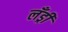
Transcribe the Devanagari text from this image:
लँड्री